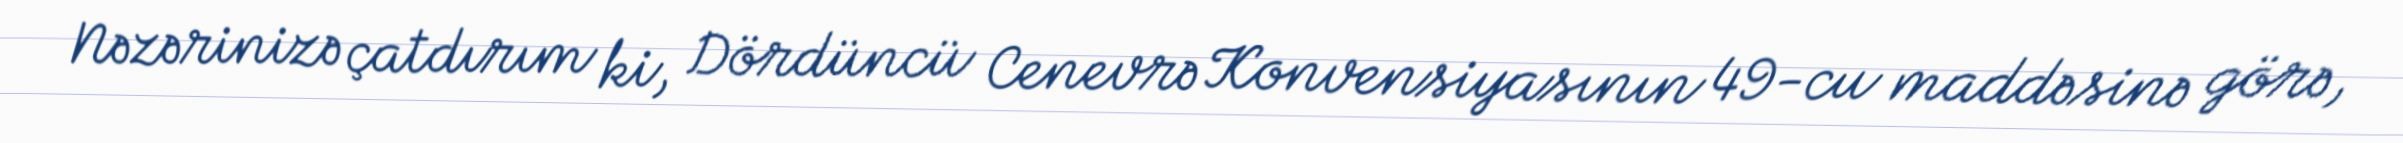
Nəzərinizə çatdırım ki, Dördüncü Cenevrə Konvensiyasının 49-cu maddəsinə görə,